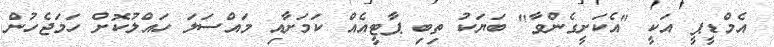
އެމްޑީޕީ އަކީ "އެކަށީގެންވާ" ބަޔަކު ތިބި ޕާޓީއެއް ކަމަށާއި މައްސަލަ ހައްލުކޮށް ހަމަޖެހުން